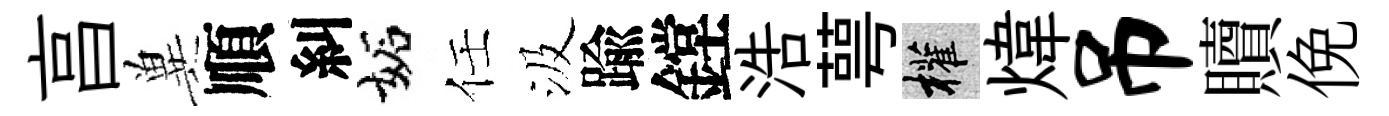
亯兾順糾妬任汲踰鏜浩萼權煒吊贖俛